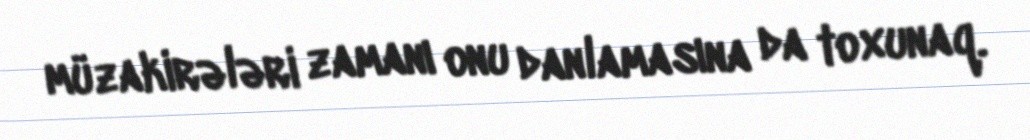
müzakirələri zamanı onu danlamasına da toxunaq.